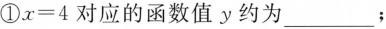
①$$x=4$$对应的函数值y约为___；